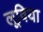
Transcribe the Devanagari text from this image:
लूविया